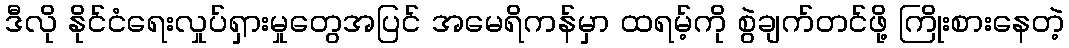
ဒီလို နိုင်ငံရေးလှုပ်ရှားမှုတွေအပြင် အမေရိကန်မှာ ထရမ့်ကို စွဲချက်တင်ဖို့ ကြိုးစားနေတဲ့